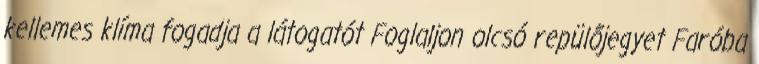
kellemes klíma fogadja a látogatót Foglaljon olcsó repülőjegyet Faróba